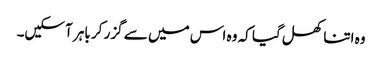
وہ اتنا کھل گیا کہ وہ اس میں سے گزر کر باہر آسکیں۔